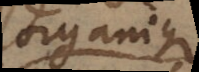
organique